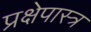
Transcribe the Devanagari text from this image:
प्रक्षेपास्‍त्र